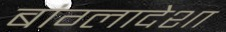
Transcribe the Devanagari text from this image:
बांग्लादेशा